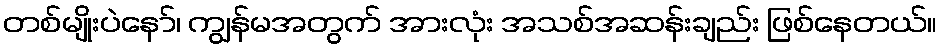
တစ်မျိုးပဲနော်၊ ကျွန်မအတွက် အားလုံး အသစ်အဆန်းချည်း ဖြစ်နေတယ်။